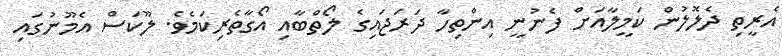
އެރީތި ދެލޮލުން ކަމީލާއަށް ފެނުނީ އިންތިހާ ދަރަޖައިގެ ލޯތްބާއި އޯގާތެރިކަމެވެ. ލޫކަސް އެމޫނުގައި